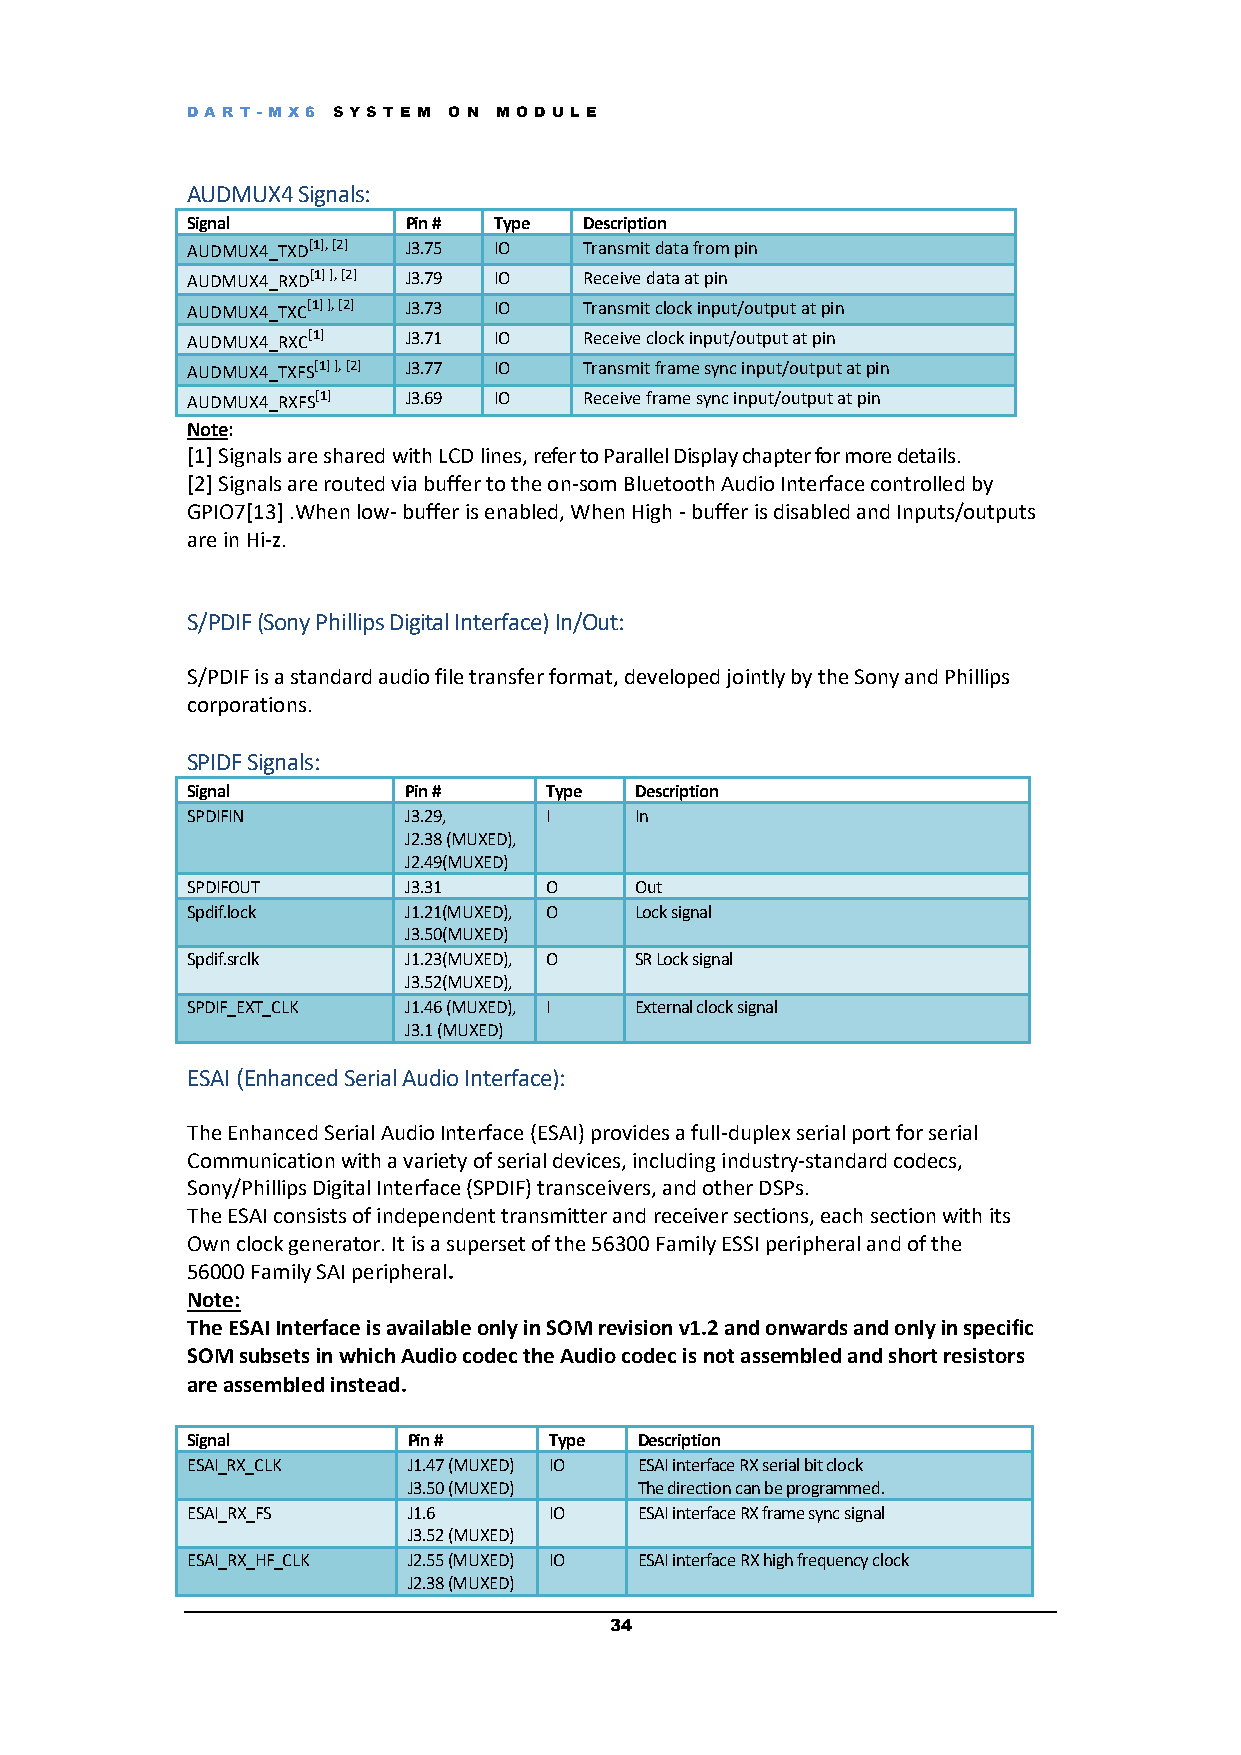
DART -M X6 S YS T E M O N M OD UL E
 AUDMUX4 Signals:
 Signal         Pin # Type  Description
 AUDMUX4_TXD[1], [2] J3.75 IO Transmit data from pin
 AUDMUX4_RXD[1] ], [2] J3.79 IO Receive data at pin
 AUDMUX4_TXC[1] ], [2] J3.73 IO Transmit clock input/output at pin
 AUDMUX4_RXC[1] J3.71 IO    Receive clock input/output at pin
 AUDMUX4_TXFS[1] ], [2] J3.77 IO Transmit frame sync input/output at pin
 AUDMUX4_RXFS[1] J3.69 IO   Receive frame sync input/output at pin
 Note:
 [1] Signals are shared with LCD lines, refer to Parallel Display chapter for more details.
 [2] Signals are routed via buffer to the on-som Bluetooth Audio Interface controlled by
 GPIO7[13] .When low- buffer is enabled, When High - buffer is disabled and Inputs/outputs
 are in Hi-z.
 S/PDIF (Sony Phillips Digital Interface) In/Out:
 S/PDIF is a standard audio file transfer format, developed jointly by the Sony and Phillips
 corporations.
 SPIDF Signals:
 Signal         Pin #    Type  Description
 SPDIFIN        J3.29,   I     In
 J2.38 (MUXED),
 J2.49(MUXED)
 SPDIFOUT       J3.31    O     Out
 Spdif.lock     J1.21(MUXED), O Lock signal
 J3.50(MUXED)
 Spdif.srclk    J1.23(MUXED), O SR Lock signal
 J3.52(MUXED),
 SPDIF_EXT_CLK  J1.46 (MUXED), I External clock signal
 J3.1 (MUXED)
 ESAI (Enhanced Serial Audio Interface):
 The Enhanced Serial Audio Interface (ESAI) provides a full-duplex serial port for serial
 Communication with a variety of serial devices, including industry-standard codecs,
 Sony/Phillips Digital Interface (SPDIF) transceivers, and other DSPs.
 The ESAI consists of independent transmitter and receiver sections, each section with its
 Own clock generator. It is a superset of the 56300 Family ESSI peripheral and of the
 56000 Family SAI peripheral.
 Note:
 The ESAI Interface is available only in SOM revision v1.2 and onwards and only in specific
 SOM subsets in which Audio codec the Audio codec is not assembled and short resistors
 are assembled instead.
 Signal         Pin #    Type  Description
 ESAI_RX_CLK    J1.47 (MUXED) IO ESAI interface RX serial bit clock
 J3.50 (MUXED)  The direction can be programmed.
 ESAI_RX_FS     J1.6     IO    ESAI interface RX frame sync signal
 J3.52 (MUXED)
 ESAI_RX_HF_CLK J2.55 (MUXED) IO ESAI interface RX high frequency clock
 J2.38 (MUXED)
 34